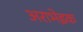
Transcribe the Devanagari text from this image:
अराभेइक